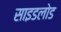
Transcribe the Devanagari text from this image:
साइडलोड